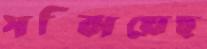
সম্‌ঝিয়েছ